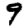
Digit: 9